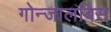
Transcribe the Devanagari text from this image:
गोन्जालबिस